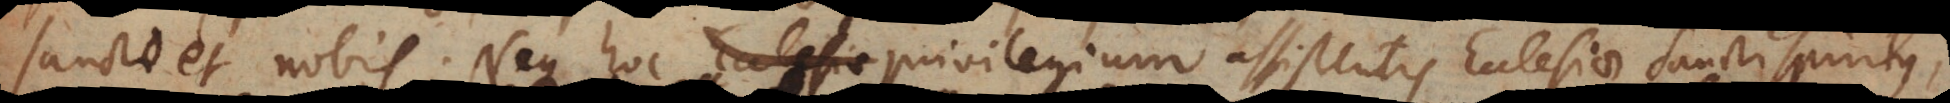
Sancto et nobis. Neque hoc privilegium assistentis Ecclesiae Sancti Spiritus,